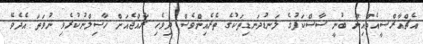
އެޗްއާރްސީއެމްއިން ބުނީ ސާސްކަފުގެ ލަނޑުދަނޑިތަކުގެ ތެރެއިންވެސް ދިވެހި ރާއްޖެއަށް ހާސިލްނުކުރެވި ނުވަތަ އެދެވޭ